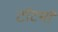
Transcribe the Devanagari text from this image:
टॉटमों